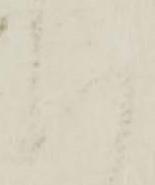
以